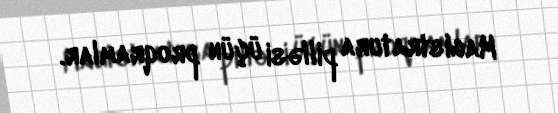
Magistratura pilləsi üçün proqramlar.